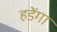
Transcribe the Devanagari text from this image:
हडेंगा